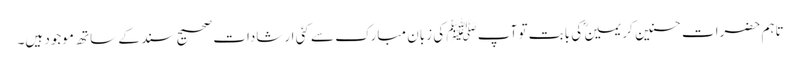
تاہم حضرات حسنین کریمینؓ کی بابت تو آپ ﷺ کی زبان مبارک سے کئی ارشادات صحیح سند کے ساتھ موجود ہیں۔